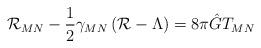
LaTeX: \begin{align*}{\cal R}_{MN} - \frac{1}{2} \gamma_{MN} \left({\cal R}-\Lambda\right) = 8 \pi \hat G T_{MN}\end{align*}